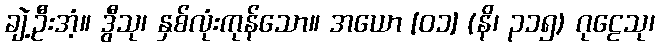
ချဲ့ဦးအံ့။ ဒွီသု၊ နှစ်လုံးကုန်သော။ အယော [၀၁] (နိ၊ ၃၁၅) ဂုဠေသု၊